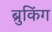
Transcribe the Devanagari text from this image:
ब्रुकिंग